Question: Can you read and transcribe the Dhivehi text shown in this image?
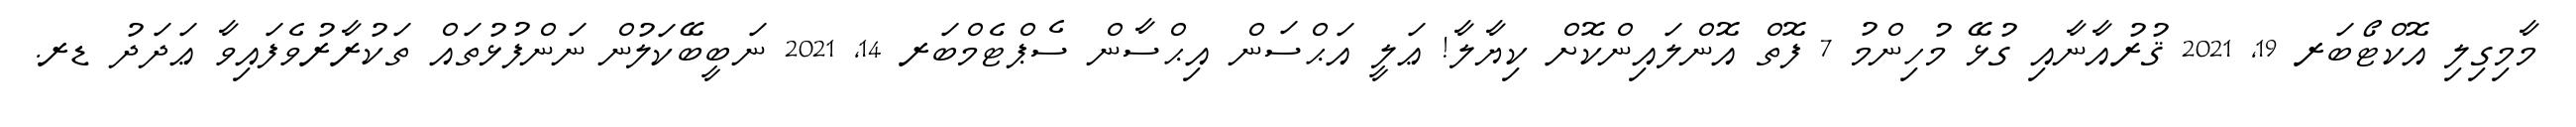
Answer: މާމިގިލި އޮކްޓޯބަރ 19, 2021 ޤުރުއާނާއި ގުޅޭ މުހިންމު 7 ފޮތް އޮންލައިންކޮށް ކިޔާލާ! ޢަލީ އަޙްސަން އިޙްސާން ސެޕްޓެމްބަރ 14, 2021 ނަބީބޭކަލުން ނަންފުޅުތައް ތަކުރާރުވެފައިވާ ޢަދަދު ޑރ.